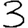
Digit: 3